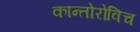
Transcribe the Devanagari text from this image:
कान्तोरोविच